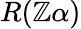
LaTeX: R(\mathbb{Z}\alpha)